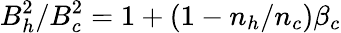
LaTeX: B_{h}^{2}/B_{c}^{2}=1+\left(1-n_{h}/n_{c}\right)\beta_{c}